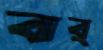
বার্